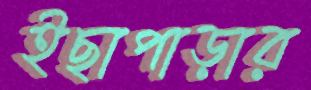
ইছাপাড়ার